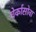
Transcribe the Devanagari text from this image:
चेर्कासोवा